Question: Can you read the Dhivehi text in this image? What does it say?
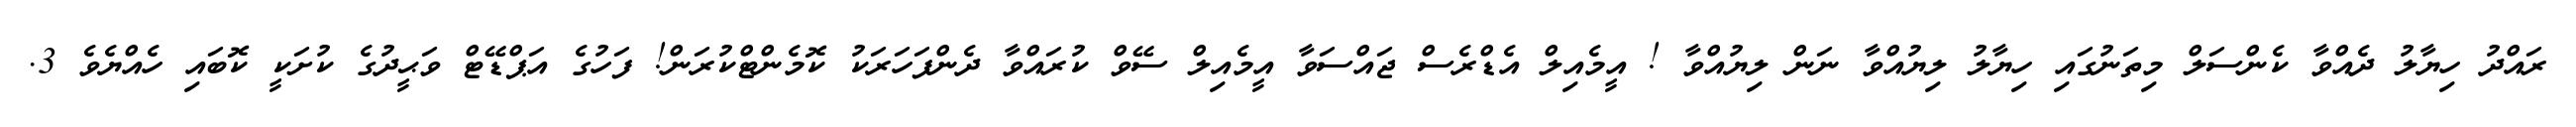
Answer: ރައްދު ހިޔާލު ދެއްވާ ކެންސަލް މިތަނުގައި ހިޔާލު ލިޔުއްވާ ނަން ލިޔުއްވާ ! އީމެއިލް އެޑްރެސް ޖައްސަވާ އީމެއިލް ސޭވް ކުރައްވާ ދެންފަހަރަކު ކޮމެންޓްކުރަން! ފަހުގެ އަޕްޑޭޓް ވަޙީދުގެ ކުށަކީ ކޮބައި ހެއްޔެވެ 3.